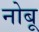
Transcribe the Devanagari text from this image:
नोबू